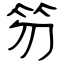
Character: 笏